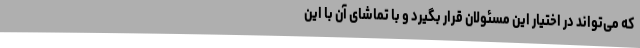
که می‌تواند در اختیار این مسئولان قرار بگیرد و با تماشای آن با این